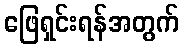
ဖြေရှင်းရန်အတွက်